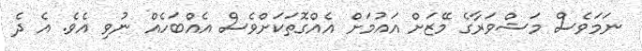
ނަމަވެސް މަޝްވަރާގެ މޭޒަށް އައުމަށް އެއްގޮތަކަށްވެސް އެއްބަހެއް ނުވި އެވެ. އެ ދެ